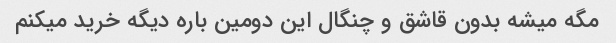
مگه میشه بدون قاشق و چنگال این دومین باره دیگه خرید میکنم